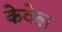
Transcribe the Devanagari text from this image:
केवेल